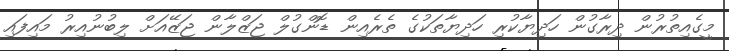
މީގެއިތުރުން ދިރާގުން ހަދިޔާކުރި ހަދިޔާތަކުގެ ތެރެއިން ޑޮންގުލް ޖަޒްލާން ޖަޒޭއަށް ލިބުނުއިރު މައިފައި